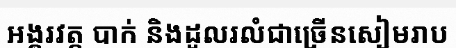
អង្គរវត្ត បាក់ និងដួលរលំជាច្រើនសៀមរាប